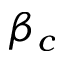
\beta _ { c }